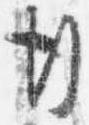
行